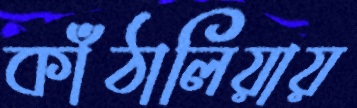
কাঁঠালিয়ায়